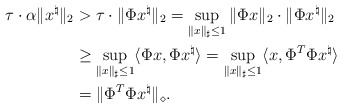
\begin{align*}\tau\cdot \alpha\|x^\natural\|_2 & >\tau\cdot \|\Phi x^\natural\|_2 = \sup_{\|x\|_\sharp\leq 1}\|\Phi x\|_2 \cdot \|\Phi x^\natural\|_2 \\ & \geq \sup_{\|x\|_\sharp\leq 1}\langle \Phi x, \Phi x^\natural\rangle = \sup_{\|x\|_\sharp\leq 1}\langle x, \Phi ^T \Phi x^\natural\rangle\\ &= \|\Phi ^T \Phi x^\natural\|_\diamond.\end{align*}